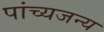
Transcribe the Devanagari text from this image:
पांच्यजन्य